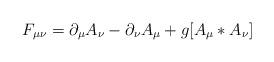
LaTeX: \begin{align*}F_{\mu \nu}= \partial_{\mu}A_{\nu}- \partial_{\nu}A_{\mu}+g[A_{\mu}*A_{\nu}] \end{align*}